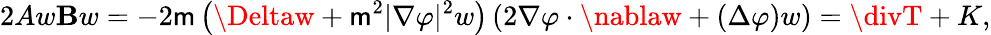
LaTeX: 2Aw\mathbf{B}w=-2\mathsf{{m}}\left(\Deltaw+\mathsf{{m}}^{2}|\nabla\varphi|^{2}w\right)\left(2\nabla\varphi\cdot\nablaw+(\Delta\varphi)w\right)=\divT+K,